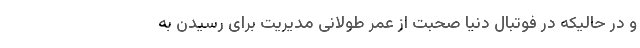
و در حالیکه در فوتبال دنیا صحبت از عمر طولانی مدیریت برای رسیدن به